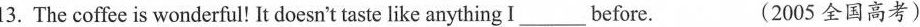
13. The coffee is wonderful! It doesn't taste like anything I___before. (2005 全国高考)